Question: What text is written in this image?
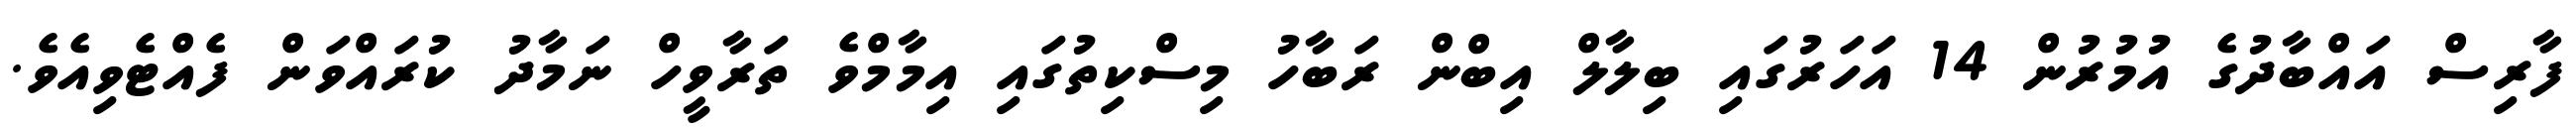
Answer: ފާރިސް އައްބާދުގެ އުމުރުން 14 އަހަރުގައި ބިލާލް އިބްން ރަބާހު މިސްކިތުގައި އިމާމްވެ ތަރާވީހް ނަމާދު ކުރައްވަން ފެއްޓެވިއެވެ.